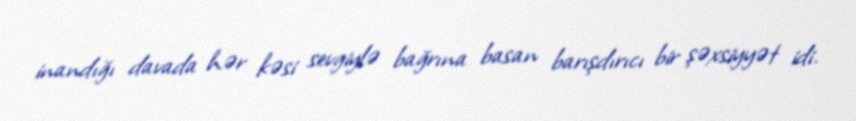
inandığı davada hər kəsi sevgiylə bağrına basan barışdırıcı bir şəxsiyyət idi.